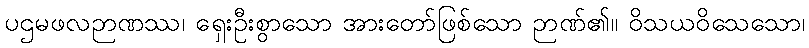
ပဌမဖလဉာဏဿ၊ ရှေးဦးစွာသော အားတော်ဖြစ်သော ဉာဏ်၏။ ဝိသယဝိသေသော၊